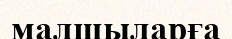
малшыларға